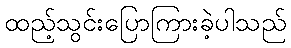
ထည့်သွင်းပြောကြားခဲ့ပါသည်